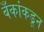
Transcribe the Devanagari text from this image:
बँकांकडून